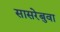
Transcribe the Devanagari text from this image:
सासरेबुवा